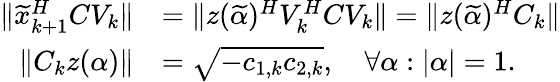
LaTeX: \begin{array}{rl}{\| \widetilde{x}_{k+1}^{H}CV_{k}\| }&{=\| z(\widetilde{\alpha})^{H}V_{k}^{H}CV_{k}\| =\| z(\widetilde{\alpha})^{H}C_{k}\| }\\ {\| C_{k}z(\alpha)\| }&{=\sqrt{-c_{1,k}c_{2,k}},\quad\forall\alpha:|\alpha|=1.}\end{array}